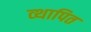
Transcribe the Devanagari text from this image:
व्थापित